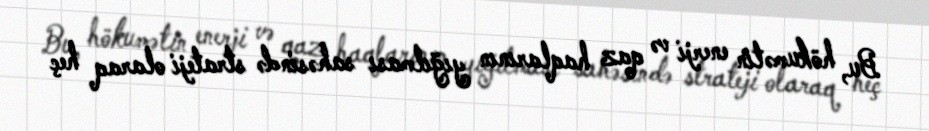
Bu, hökumətin enerji və qaz haqlarının yığılması sahəsində strateji olaraq heç